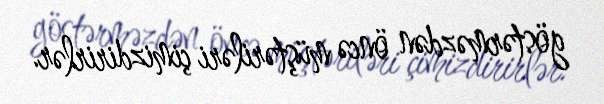
göstərməzdən öncə müştəriləri çimizdirirlər.